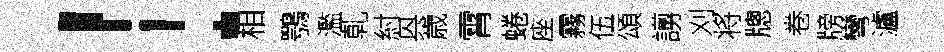
！相鶚濫乹紂㒷歳霄蜷座霧伍頌謭刈将牕卷牓彎瀘